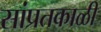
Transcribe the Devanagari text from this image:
सांप्रतकाळी